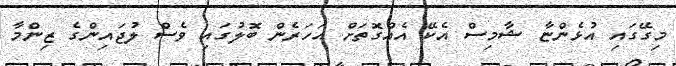
މިގޭގައި އުޅެންޏާ ޝާމިސް އެކޭ އެއްގޮތަށް އަހަރެން ބޮލުގައި ވެސް ލުޖައިންގެ ޒިންމާ